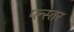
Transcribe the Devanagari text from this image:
प्ल्स्तर